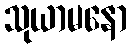
သုယာမနော